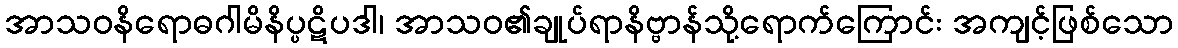
အာသဝနိရောဓဂါမိနိပ္ပဋိပဒါ၊ အာသဝ၏ချုပ်ရာနိဗ္ဗာန်သို့ရောက်ကြောင်း အကျင့်ဖြစ်သော